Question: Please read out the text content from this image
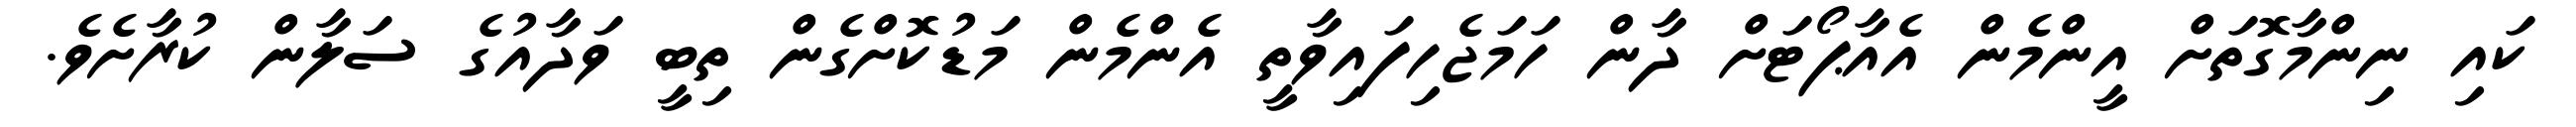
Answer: ކައި ނިންމާގޮތަށް އީންމެން އެއާޕޯޓަށް ދާން ހަމަޖެހިފައިވާތީ އެންމެން މަޑުކޮށްގެން ތިބީ ވަދާއުގެ ސަލާން ކުރާށެވެ.